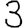
Digit: 3